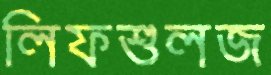
লিফশুলজ